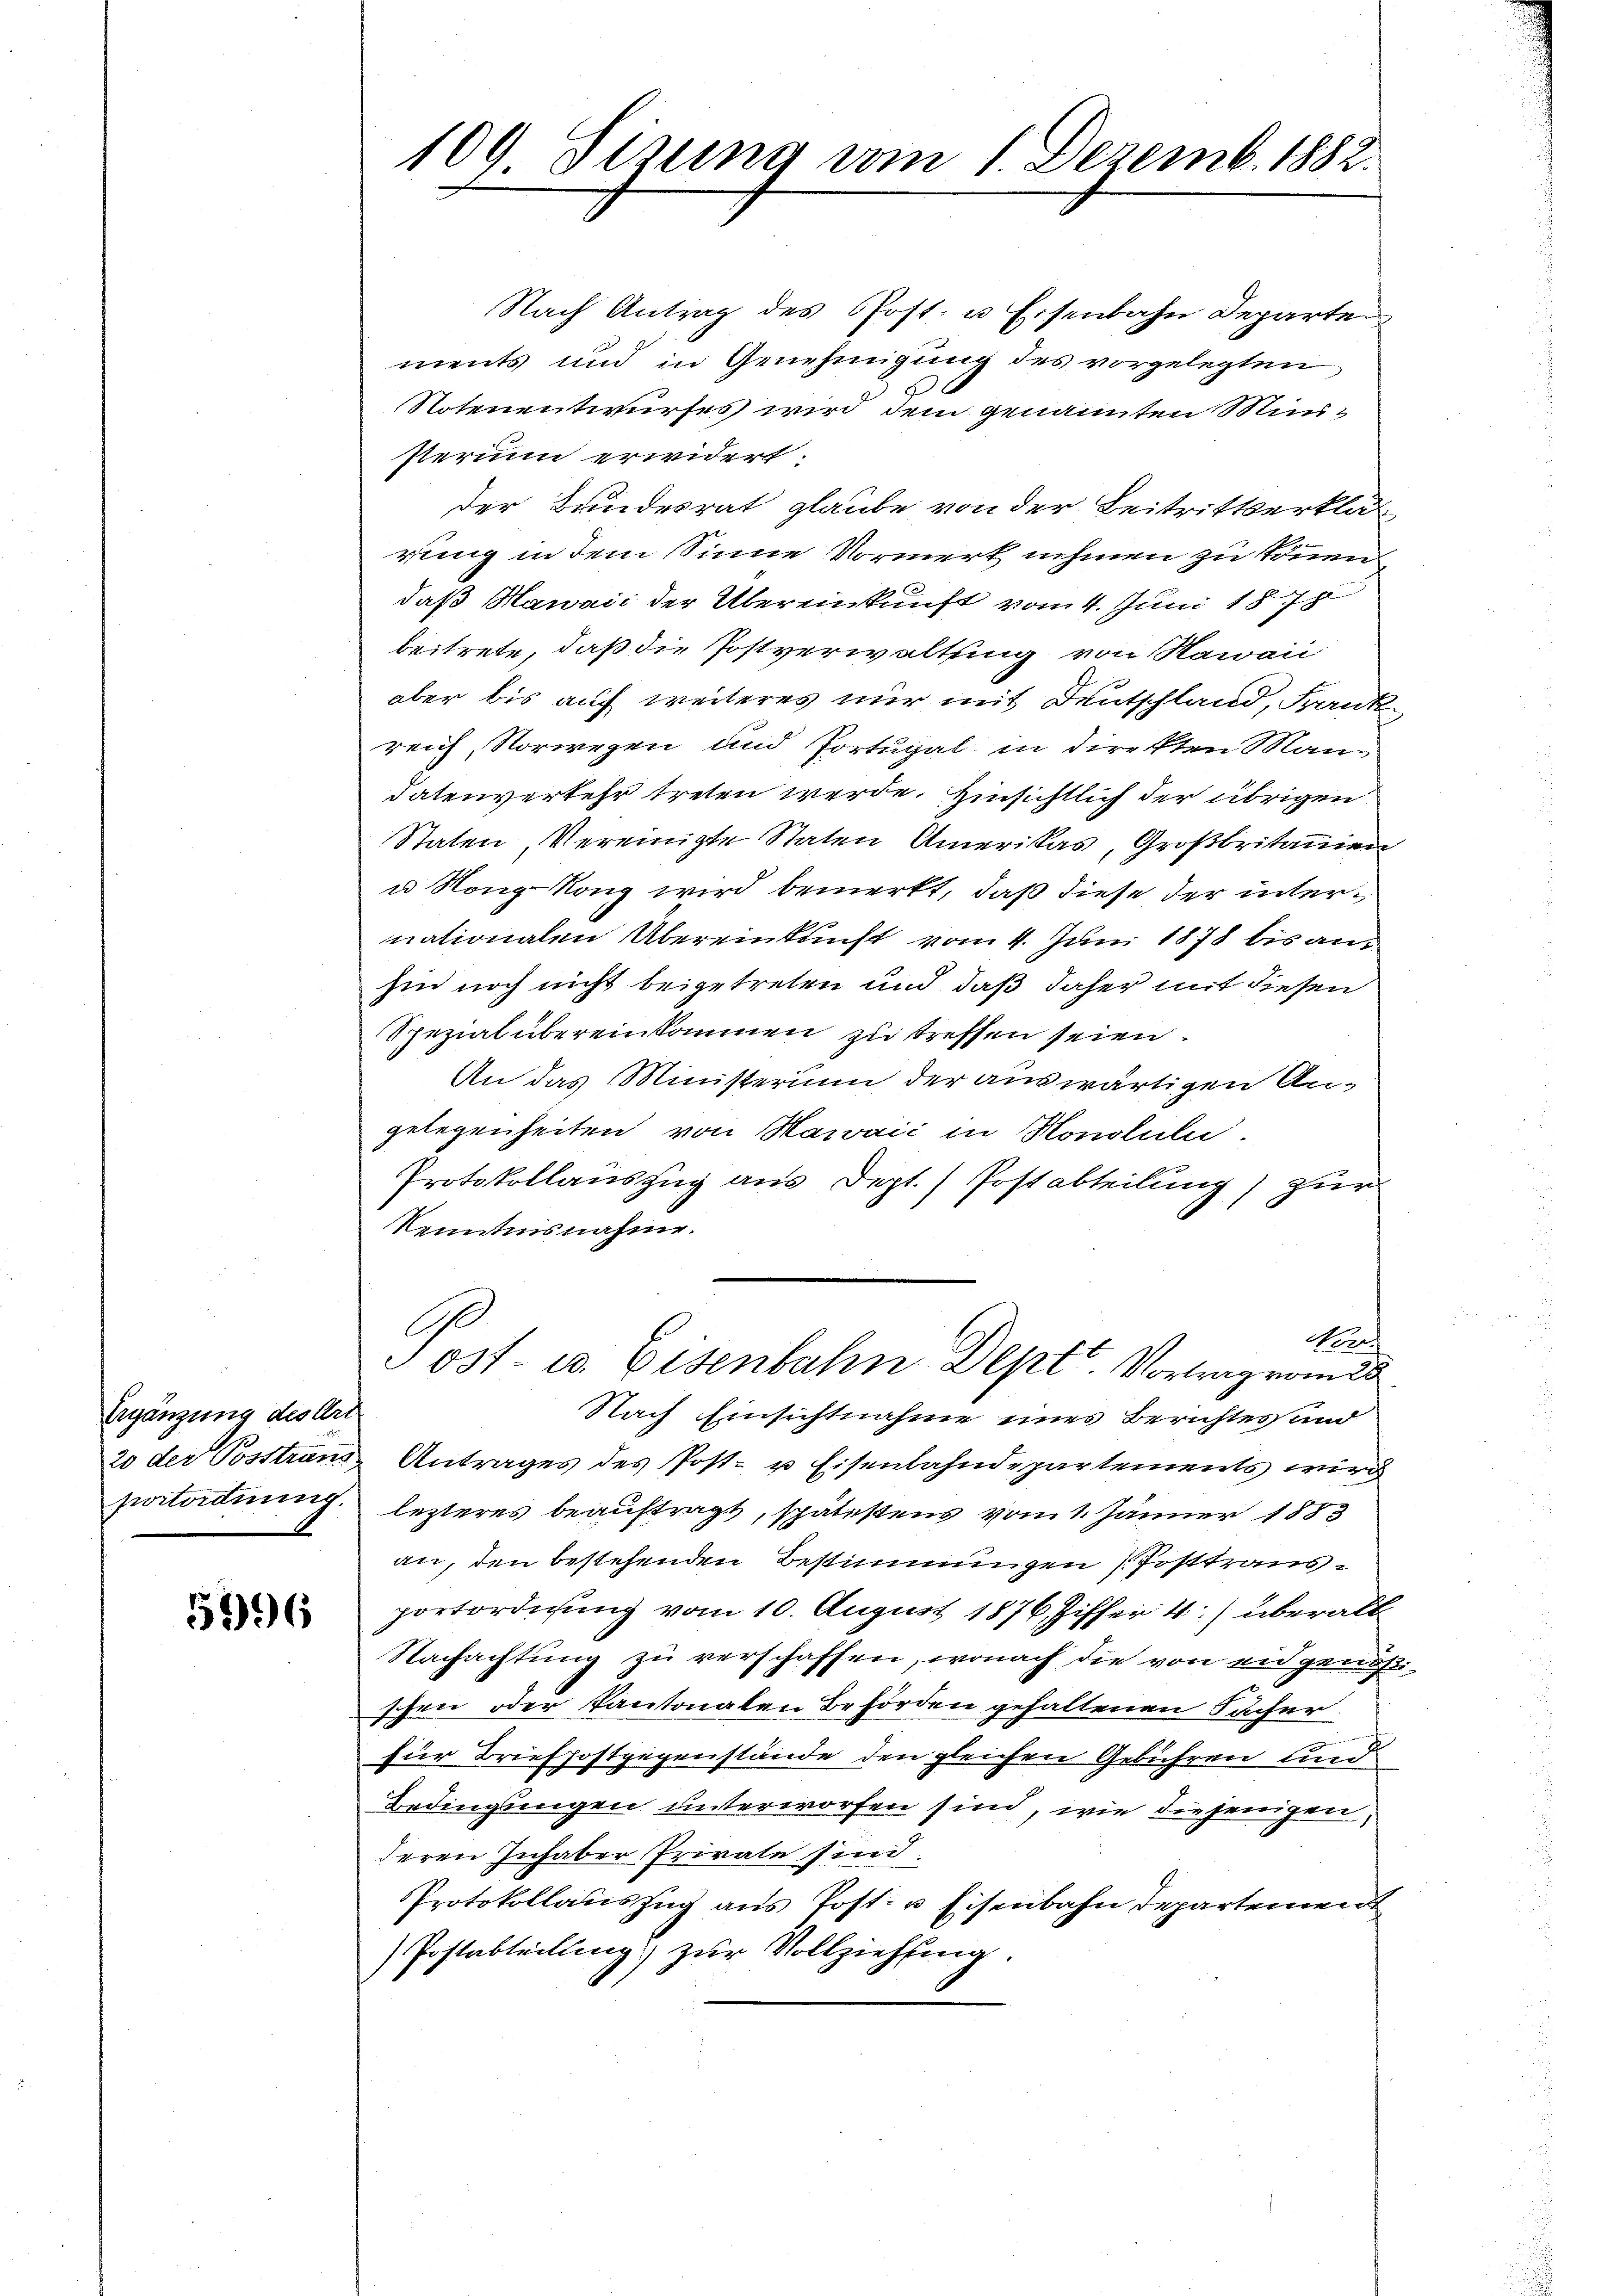
Ergänzung des Urt
20 der Posstrans
portordnung.

5796

109 Sizung vom 1. Dezemb. 1882.

Nach Antrag des Post- u Eisenbahn Departe
ments und in Genehmigung des vorgelegten
Notenentwurfes wird dem genannten Ministerium erwidert:
der Bundesrat glaube von der Beitrittserklär
rung in dem Sinne Vormerk nehmen zu thuen
daß Hawaić der Übereinkunft vom 4. Juni 1878
beitrete, daß die Postverwaltung von Hawaii
aber bis auf weiteres nur mit Deutschland, Frank
reich, Vorwegen und Portugal in direkten Mandatenverkehr treten werde. Hinsichtlich der übrigen
Staten Vereinigte Staten Amerikas, Großbritanien
u Nong-Nong wird bemerkt, daß diese der internationalen Übereinkunft vom 4. Juni 1878 bis anhin noch nicht beigetreten und daß daher mit diesen
Spezial übereinkommen zu treffen seien.
An das Ministerium der auswärtigen Angelegenheiten von Karaić in Honoluli.
Protokollauszug aus Dept. Postabteilung) zur
Kenntnisnahme.
C
Nor
Post- u. Eisenbahn Deptt. Vortrag vom 28
Nach Einsichtnahme eines Berichtessand
Antrages des Post- u Eisenbahndepartements wird
lezteres beauftragt, spätestens vom 1. Jänner 1883
an, den bestehenden Bestimmungen Posttransportordnung vom 10. August 1876 Ziffer 4) überall
Nachachtung zu verschaffen, wonach die von eidgenößischen oder Kantonalen Behörden gehaltenen Sacher
für Briefsostgegenstände den gleichen Gebühren und
Bedingungen unterworfen sind, wie diejenigen,
deren Inhaber Private sind.
Protokollaŭszŭg ans Post- u Eisenbahn Departement
Postabteilung zur Vollziehung.